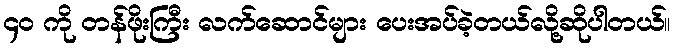
၄၀ ကို တန်ဖိုးကြီး လက်ဆောင်များ ပေးအပ်ခဲ့တယ်လို့ဆိုပါတယ်။